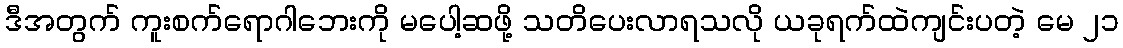
ဒီအတွက် ကူးစက်ရောဂါဘေးကို မပေါ့ဆဖို့ သတိပေးလာရသလို ယခုရက်ထဲကျင်းပတဲ့ မေ ၂၁